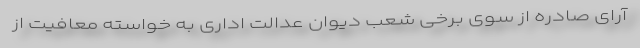
آرای صادره از سوی برخی شعب دیوان عدالت اداری به خواسته معافیت از